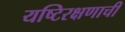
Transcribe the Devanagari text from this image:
यष्टिरक्षणाची